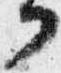
フ